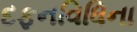
દફનવિધિના